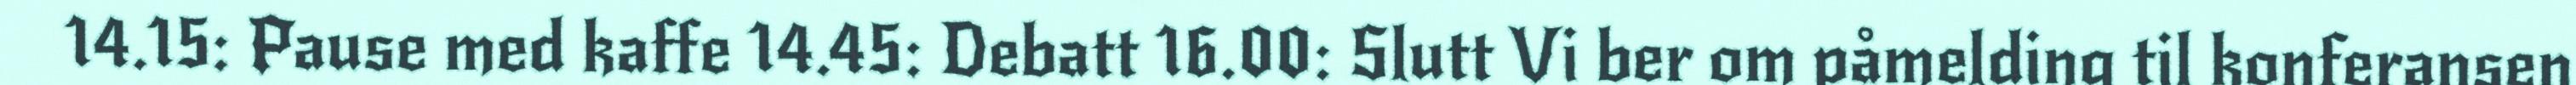
14.15: Pause med kaffe 14.45: Debatt 16.00: Slutt Vi ber om påmelding til konferansen